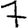
Digit: 7